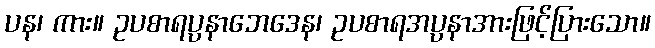
ပန၊ ကား။ ဥပစာရပ္ပနာဘေဒေန၊ ဥပစာရအပ္ပနာအားဖြင့်ပြားသော။